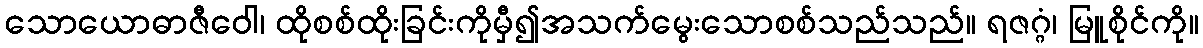
သောယောဓာဇီဝေါ၊ ထိုစစ်ထိုးခြင်းကိုမှီ၍အသက်မွေးသောစစ်သည်သည်။ ရဇဂ္ဂံ၊ မြူစိုင်ကို။